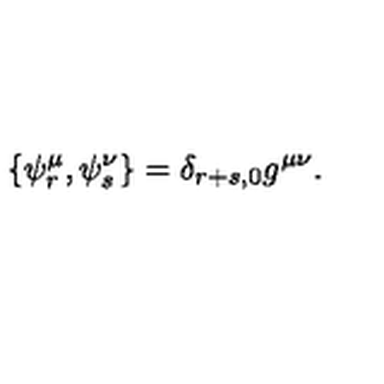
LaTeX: \{ \psi _ { r } ^ { \mu } , \psi _ { s } ^ { \nu } \} = \delta _ { r + s , 0 } g ^ { \mu \nu } .